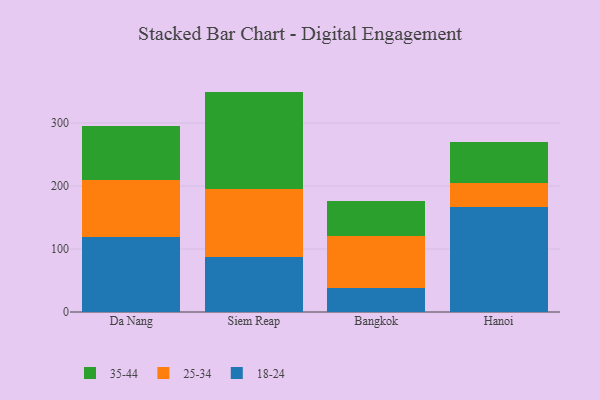
{"axis": {"x": "City", "y": "Population (Million)"}, "legend": ["18-24", "25-34", "35-44"], "data": [{"x": "Da Nang", "y": 119.5, "type": "18-24"}, {"x": "Da Nang", "y": 90.3, "type": "25-34"}, {"x": "Da Nang", "y": 85.7, "type": "35-44"}, {"x": "Siem Reap", "y": 87.7, "type": "18-24"}, {"x": "Siem Reap", "y": 107.9, "type": "25-34"}, {"x": "Siem Reap", "y": 154.3, "type": "35-44"}, {"x": "Bangkok", "y": 37.9, "type": "18-24"}, {"x": "Bangkok", "y": 82.5, "type": "25-34"}, {"x": "Bangkok", "y": 55.6, "type": "35-44"}, {"x": "Hanoi", "y": 166.2, "type": "18-24"}, {"x": "Hanoi", "y": 38.1, "type": "25-34"}, {"x": "Hanoi", "y": 66.3, "type": "35-44"}]}